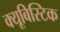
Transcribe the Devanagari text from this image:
क्यूबिस्टिक